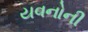
યવનોની